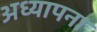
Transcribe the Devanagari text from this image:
अध्यापना